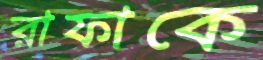
রাফাকে